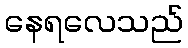
နေရလေသည်